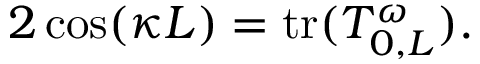
2 \cos ( \kappa L ) = \mathrm { t r } ( T _ { 0 , L } ^ { \omega } ) .